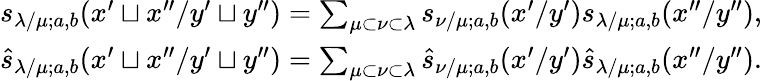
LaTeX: \begin{array}{r}{s_{\lambda/\mu;a,b}(x^{\prime}\sqcup x^{\prime\prime}/y^{\prime}\sqcup y^{\prime\prime})=\sum_{\mu\subset\nu\subset\lambda}s_{\nu/\mu;a,b}(x^{\prime}/y^{\prime})s_{\lambda/\mu;a,b}(x^{\prime\prime}/y^{\prime\prime}),}\\ {\widehat{s}_{\lambda/\mu;a,b}(x^{\prime}\sqcup x^{\prime\prime}/y^{\prime}\sqcup y^{\prime\prime})=\sum_{\mu\subset\nu\subset\lambda}\widehat{s}_{\nu/\mu;a,b}(x^{\prime}/y^{\prime})\widehat{s}_{\lambda/\mu;a,b}(x^{\prime\prime}/y^{\prime\prime}).}\end{array}